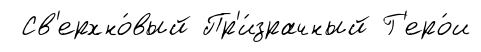
Св'ерхно́вый Пр'и́зрачный Г'еро́и